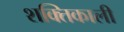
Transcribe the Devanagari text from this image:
शक्‍तिकाली